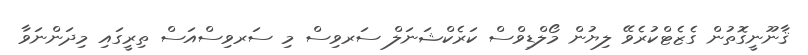
ޤާނޫނީގޮތުން ގެޒެޓްކުރެވޭ ލިޔުން މޯލްޑިވްސް ކަރެކްޝަނަލް ސަރވިސް މި ސަރވިސްއަސް ތިރީގައި މިދަންނަވާ